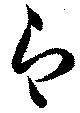
即